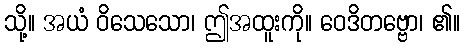
သို့။ အယံ ဝိသေသော၊ ဤအထူးကို။ ဝေဒိတဗ္ဗော၊ ၏။